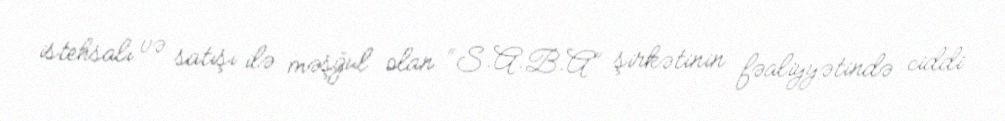
istehsalı və satışı ilə məşğul olan “S.A.B.A” şirkətinin fəaliyyətində ciddi